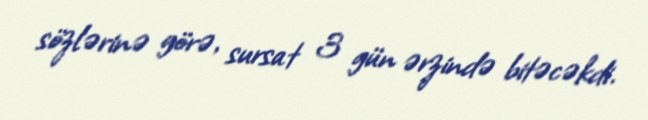
sözlərinə görə, sursat 3 gün ərzində bitəcəkdi.